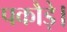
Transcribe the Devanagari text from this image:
पकौड़े।